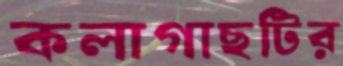
কলাগাছটির